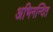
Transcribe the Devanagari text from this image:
अभिनन्दित